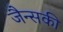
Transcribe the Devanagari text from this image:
जैन्सकी